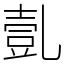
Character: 亄